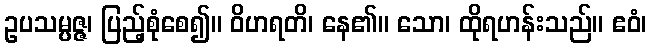
ဥပသမ္ပဇ္ဇ၊ ပြည့်စုံစေ၍။ ဝိဟရတိ၊ နေ၏။ သော၊ ထိုရဟန်းသည်။ ဧဝံ၊